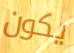
يكون